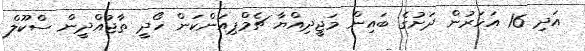
އަދި 16 އަހަރުން ދަށުގެ ބައިން މަޖީދިއްޔާ ޗެމްޕިއަންކަން ހޯދީ ތާޖުއްދީން ސްކޫލް